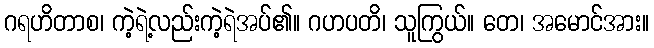
ဂရဟိတာစ၊ ကဲ့ရဲ့လည်းကဲ့ရဲအပ်၏။ ဂဟပတိ၊ သူကြွယ်။ တေ၊ အမောင်အား။